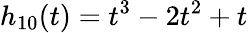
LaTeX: h_{10}(t)=t^{3}-2t^{2}+t